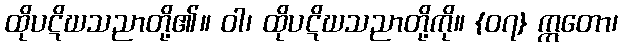
ထိုပဋိဃသညာတို့၏။ ဝါ၊ ထိုပဋိဃသညာတို့ကို။ {၀၇} ဣတော၊